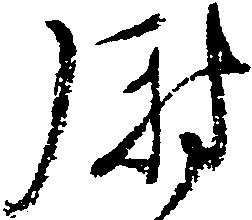
尉